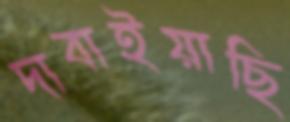
দাবাইয়াছি